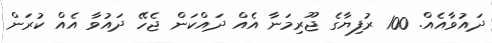
ދައުވާއެއް. 100 ރުފިޔާގެ ޖޫރިމަނާ އެއް ދައްކަން ޖެހޭ ދައުވާ އެއް ކުރަން